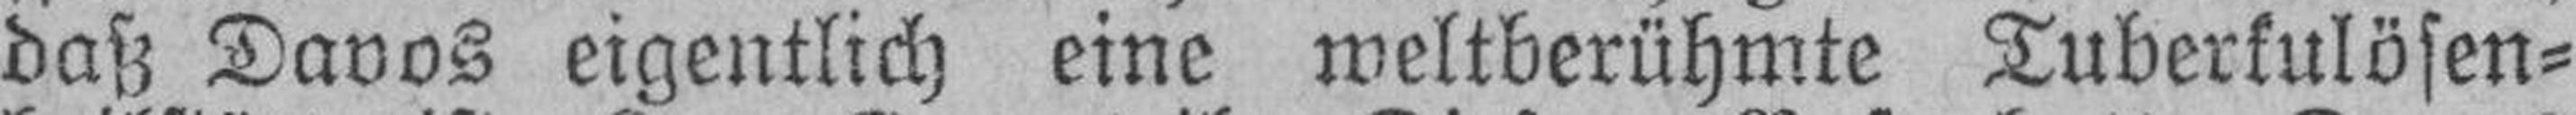
daß Davos eigentlich eine weltberühmte Tuberkulösen¬